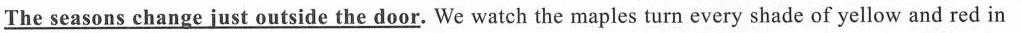
\underline{The seasons change just outside the door.} We watch the maples turn every shade of yellow and red in